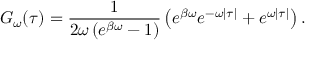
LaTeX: G _ { \omega } ( \tau ) = \frac { 1 } { 2 \omega \left( e ^ { \beta \omega } - 1 \right) } \left( e ^ { \beta \omega } e ^ { - \omega | \tau | } + e ^ { \omega | \tau | } \right) .